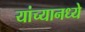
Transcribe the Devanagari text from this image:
यांच्यानध्ये